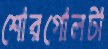
শোরগোলটা